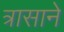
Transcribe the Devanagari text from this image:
त्रासाने